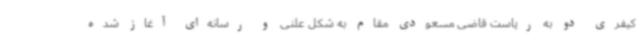
کیفری دو به ریاست قاضی مسعودی مقام به شکل علنی و رسانه‌ای آغاز شده